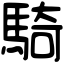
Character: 騎